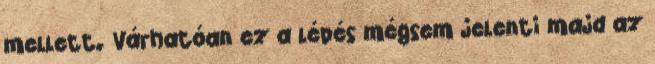
mellett. Várhatóan ez a lépés mégsem jelenti majd az